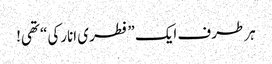
ہر طرف ایک ”فطری انارکی“ تھی!